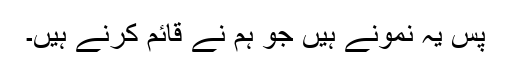
پس یہ نمونے ہیں جو ہم نے قائم کرنے ہیں۔